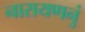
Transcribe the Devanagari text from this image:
नारायणनुं